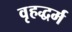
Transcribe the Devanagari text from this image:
वृहद्धर्म